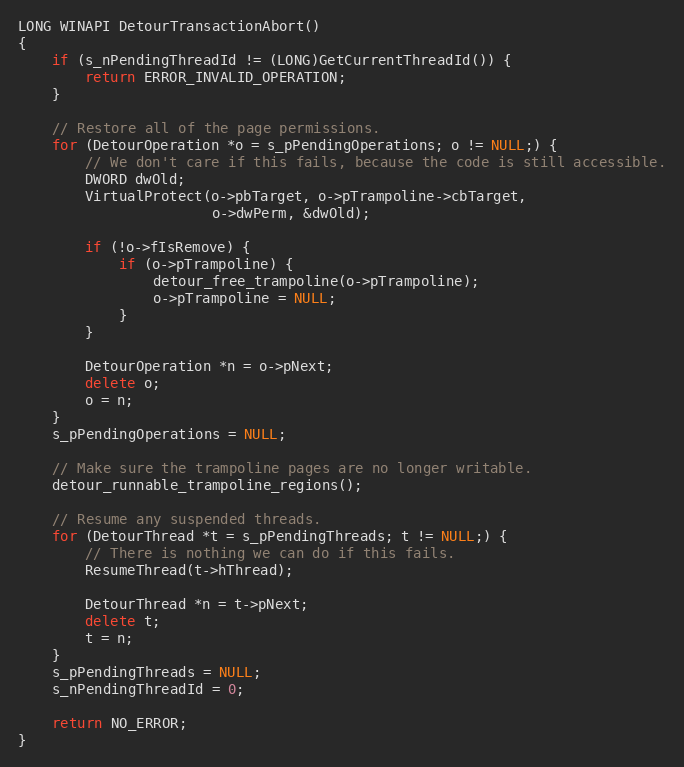
Language: C++
LONG WINAPI DetourTransactionAbort()
{
    if (s_nPendingThreadId != (LONG)GetCurrentThreadId()) {
        return ERROR_INVALID_OPERATION;
    }

    // Restore all of the page permissions.
    for (DetourOperation *o = s_pPendingOperations; o != NULL;) {
        // We don't care if this fails, because the code is still accessible.
        DWORD dwOld;
        VirtualProtect(o->pbTarget, o->pTrampoline->cbTarget,
                       o->dwPerm, &dwOld);

        if (!o->fIsRemove) {
            if (o->pTrampoline) {
                detour_free_trampoline(o->pTrampoline);
                o->pTrampoline = NULL;
            }
        }

        DetourOperation *n = o->pNext;
        delete o;
        o = n;
    }
    s_pPendingOperations = NULL;

    // Make sure the trampoline pages are no longer writable.
    detour_runnable_trampoline_regions();

    // Resume any suspended threads.
    for (DetourThread *t = s_pPendingThreads; t != NULL;) {
        // There is nothing we can do if this fails.
        ResumeThread(t->hThread);

        DetourThread *n = t->pNext;
        delete t;
        t = n;
    }
    s_pPendingThreads = NULL;
    s_nPendingThreadId = 0;

    return NO_ERROR;
}